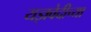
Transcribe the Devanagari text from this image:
यज्ञवेदीच्या